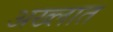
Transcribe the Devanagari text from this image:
अख्लात